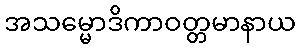
အသမ္မောဒိကာဝတ္တမာနာယ